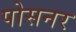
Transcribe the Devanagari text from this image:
पोसनर